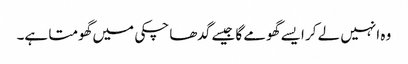
وہ انہیں لے کر ایسے گھومے گا جیسے گدھا چکی میں گھومتا ہے۔